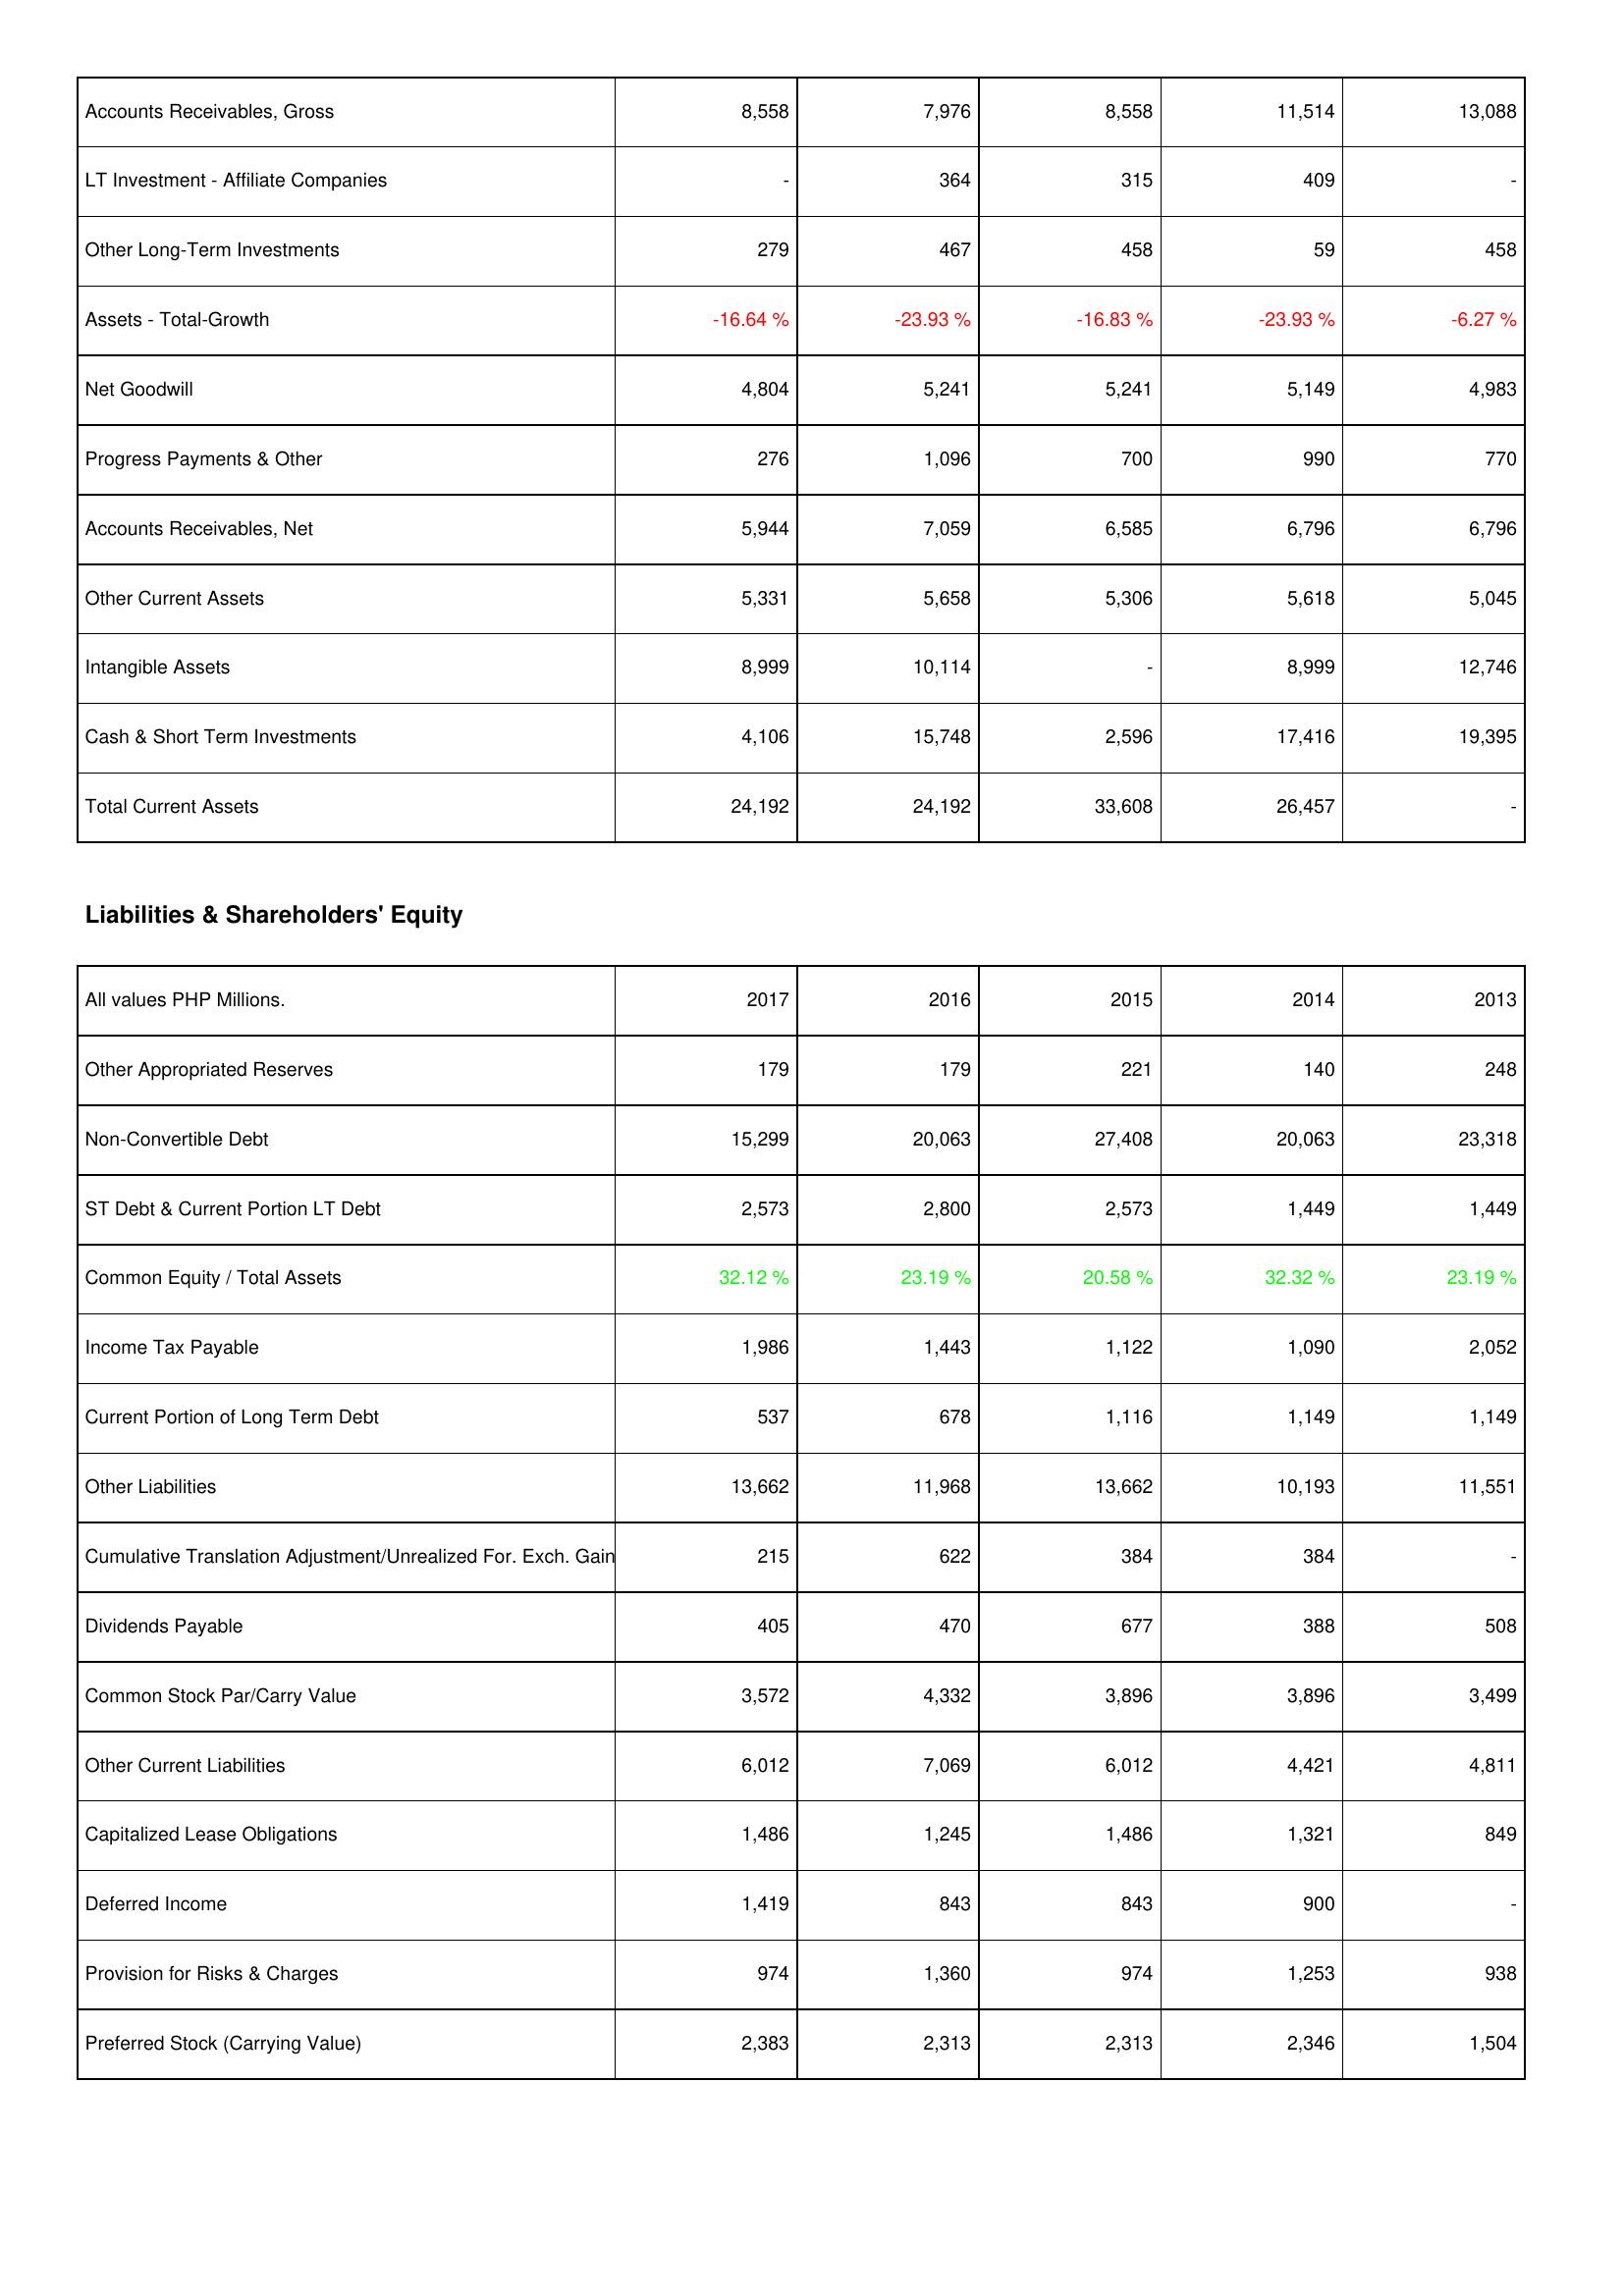
2017: Assets: Accounts Receivables, Gross: 8,558
LT Investment - Affiliate Companies: -
Other Long-Term Investments: 279
Assets - Total-Growth: -16.64 %
Net Goodwill: 4,804
Progress Payments & Other: 276
Accounts Receivables, Net: 5,944
Other Current Assets: 5,331
Intangible Assets: 8,999
Cash & Short Term Investments: 4,106
Total Current Assets: 24,192
Liabilities & Shareholders' Equity: Other Appropriated Reserves: 179
Non-Convertible Debt: 15,299
ST Debt & Current Portion LT Debt: 2,573
Common Equity / Total Assets: 32.12 %
Income Tax Payable: 1,986
Current Portion of Long Term Debt: 537
Other Liabilities: 13,662
Cumulative Translation Adjustment/Unrealized For. Exch. Gain: 215
Dividends Payable: 405
Common Stock Par/Carry Value: 3,572
Other Current Liabilities: 6,012
Capitalized Lease Obligations: 1,486
Deferred Income: 1,419
Provision for Risks & Charges: 974
Preferred Stock (Carrying Value): 2,383
2016: Assets: Accounts Receivables, Gross: 7,976
LT Investment - Affiliate Companies: 364
Other Long-Term Investments: 467
Assets - Total-Growth: -23.93 %
Net Goodwill: 5,241
Progress Payments & Other: 1,096
Accounts Receivables, Net: 7,059
Other Current Assets: 5,658
Intangible Assets: 10,114
Cash & Short Term Investments: 15,748
Total Current Assets: 24,192
Liabilities & Shareholders' Equity: Other Appropriated Reserves: 179
Non-Convertible Debt: 20,063
ST Debt & Current Portion LT Debt: 2,800
Common Equity / Total Assets: 23.19 %
Income Tax Payable: 1,443
Current Portion of Long Term Debt: 678
Other Liabilities: 11,968
Cumulative Translation Adjustment/Unrealized For. Exch. Gain: 622
Dividends Payable: 470
Common Stock Par/Carry Value: 4,332
Other Current Liabilities: 7,069
Capitalized Lease Obligations: 1,245
Deferred Income: 843
Provision for Risks & Charges: 1,360
Preferred Stock (Carrying Value): 2,313
2015: Assets: Accounts Receivables, Gross: 8,558
LT Investment - Affiliate Companies: 315
Other Long-Term Investments: 458
Assets - Total-Growth: -16.83 %
Net Goodwill: 5,241
Progress Payments & Other: 700
Accounts Receivables, Net: 6,585
Other Current Assets: 5,306
Intangible Assets: -
Cash & Short Term Investments: 2,596
Total Current Assets: 33,608
Liabilities & Shareholders' Equity: Other Appropriated Reserves: 221
Non-Convertible Debt: 27,408
ST Debt & Current Portion LT Debt: 2,573
Common Equity / Total Assets: 20.58 %
Income Tax Payable: 1,122
Current Portion of Long Term Debt: 1,116
Other Liabilities: 13,662
Cumulative Translation Adjustment/Unrealized For. Exch. Gain: 384
Dividends Payable: 677
Common Stock Par/Carry Value: 3,896
Other Current Liabilities: 6,012
Capitalized Lease Obligations: 1,486
Deferred Income: 843
Provision for Risks & Charges: 974
Preferred Stock (Carrying Value): 2,313
2014: Assets: Accounts Receivables, Gross: 11,514
LT Investment - Affiliate Companies: 409
Other Long-Term Investments: 59
Assets - Total-Growth: -23.93 %
Net Goodwill: 5,149
Progress Payments & Other: 990
Accounts Receivables, Net: 6,796
Other Current Assets: 5,618
Intangible Assets: 8,999
Cash & Short Term Investments: 17,416
Total Current Assets: 26,457
Liabilities & Shareholders' Equity: Other Appropriated Reserves: 140
Non-Convertible Debt: 20,063
ST Debt & Current Portion LT Debt: 1,449
Common Equity / Total Assets: 32.32 %
Income Tax Payable: 1,090
Current Portion of Long Term Debt: 1,149
Other Liabilities: 10,193
Cumulative Translation Adjustment/Unrealized For. Exch. Gain: 384
Dividends Payable: 388
Common Stock Par/Carry Value: 3,896
Other Current Liabilities: 4,421
Capitalized Lease Obligations: 1,321
Deferred Income: 900
Provision for Risks & Charges: 1,253
Preferred Stock (Carrying Value): 2,346
2013: Assets: Accounts Receivables, Gross: 13,088
LT Investment - Affiliate Companies: -
Other Long-Term Investments: 458
Assets - Total-Growth: -6.27 %
Net Goodwill: 4,983
Progress Payments & Other: 770
Accounts Receivables, Net: 6,796
Other Current Assets: 5,045
Intangible Assets: 12,746
Cash & Short Term Investments: 19,395
Total Current Assets: -
Liabilities & Shareholders' Equity: Other Appropriated Reserves: 248
Non-Convertible Debt: 23,318
ST Debt & Current Portion LT Debt: 1,449
Common Equity / Total Assets: 23.19 %
Income Tax Payable: 2,052
Current Portion of Long Term Debt: 1,149
Other Liabilities: 11,551
Cumulative Translation Adjustment/Unrealized For. Exch. Gain: -
Dividends Payable: 508
Common Stock Par/Carry Value: 3,499
Other Current Liabilities: 4,811
Capitalized Lease Obligations: 849
Deferred Income: -
Provision for Risks & Charges: 938
Preferred Stock (Carrying Value): 1,504